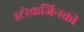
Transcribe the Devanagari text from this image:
स्टरेकजिन्स्की